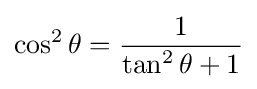
\cos ^{2}\theta ={\frac {1}{\tan ^{2}\theta +1}}